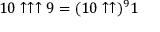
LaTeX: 1 0 \uparrow \uparrow \uparrow 9 = ( 1 0 \uparrow \uparrow ) ^ { 9 } 1